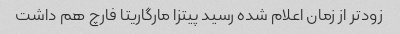
زودتر از زمان اعلام شده رسید پیتزا مارگاریتا فارچ هم داشت